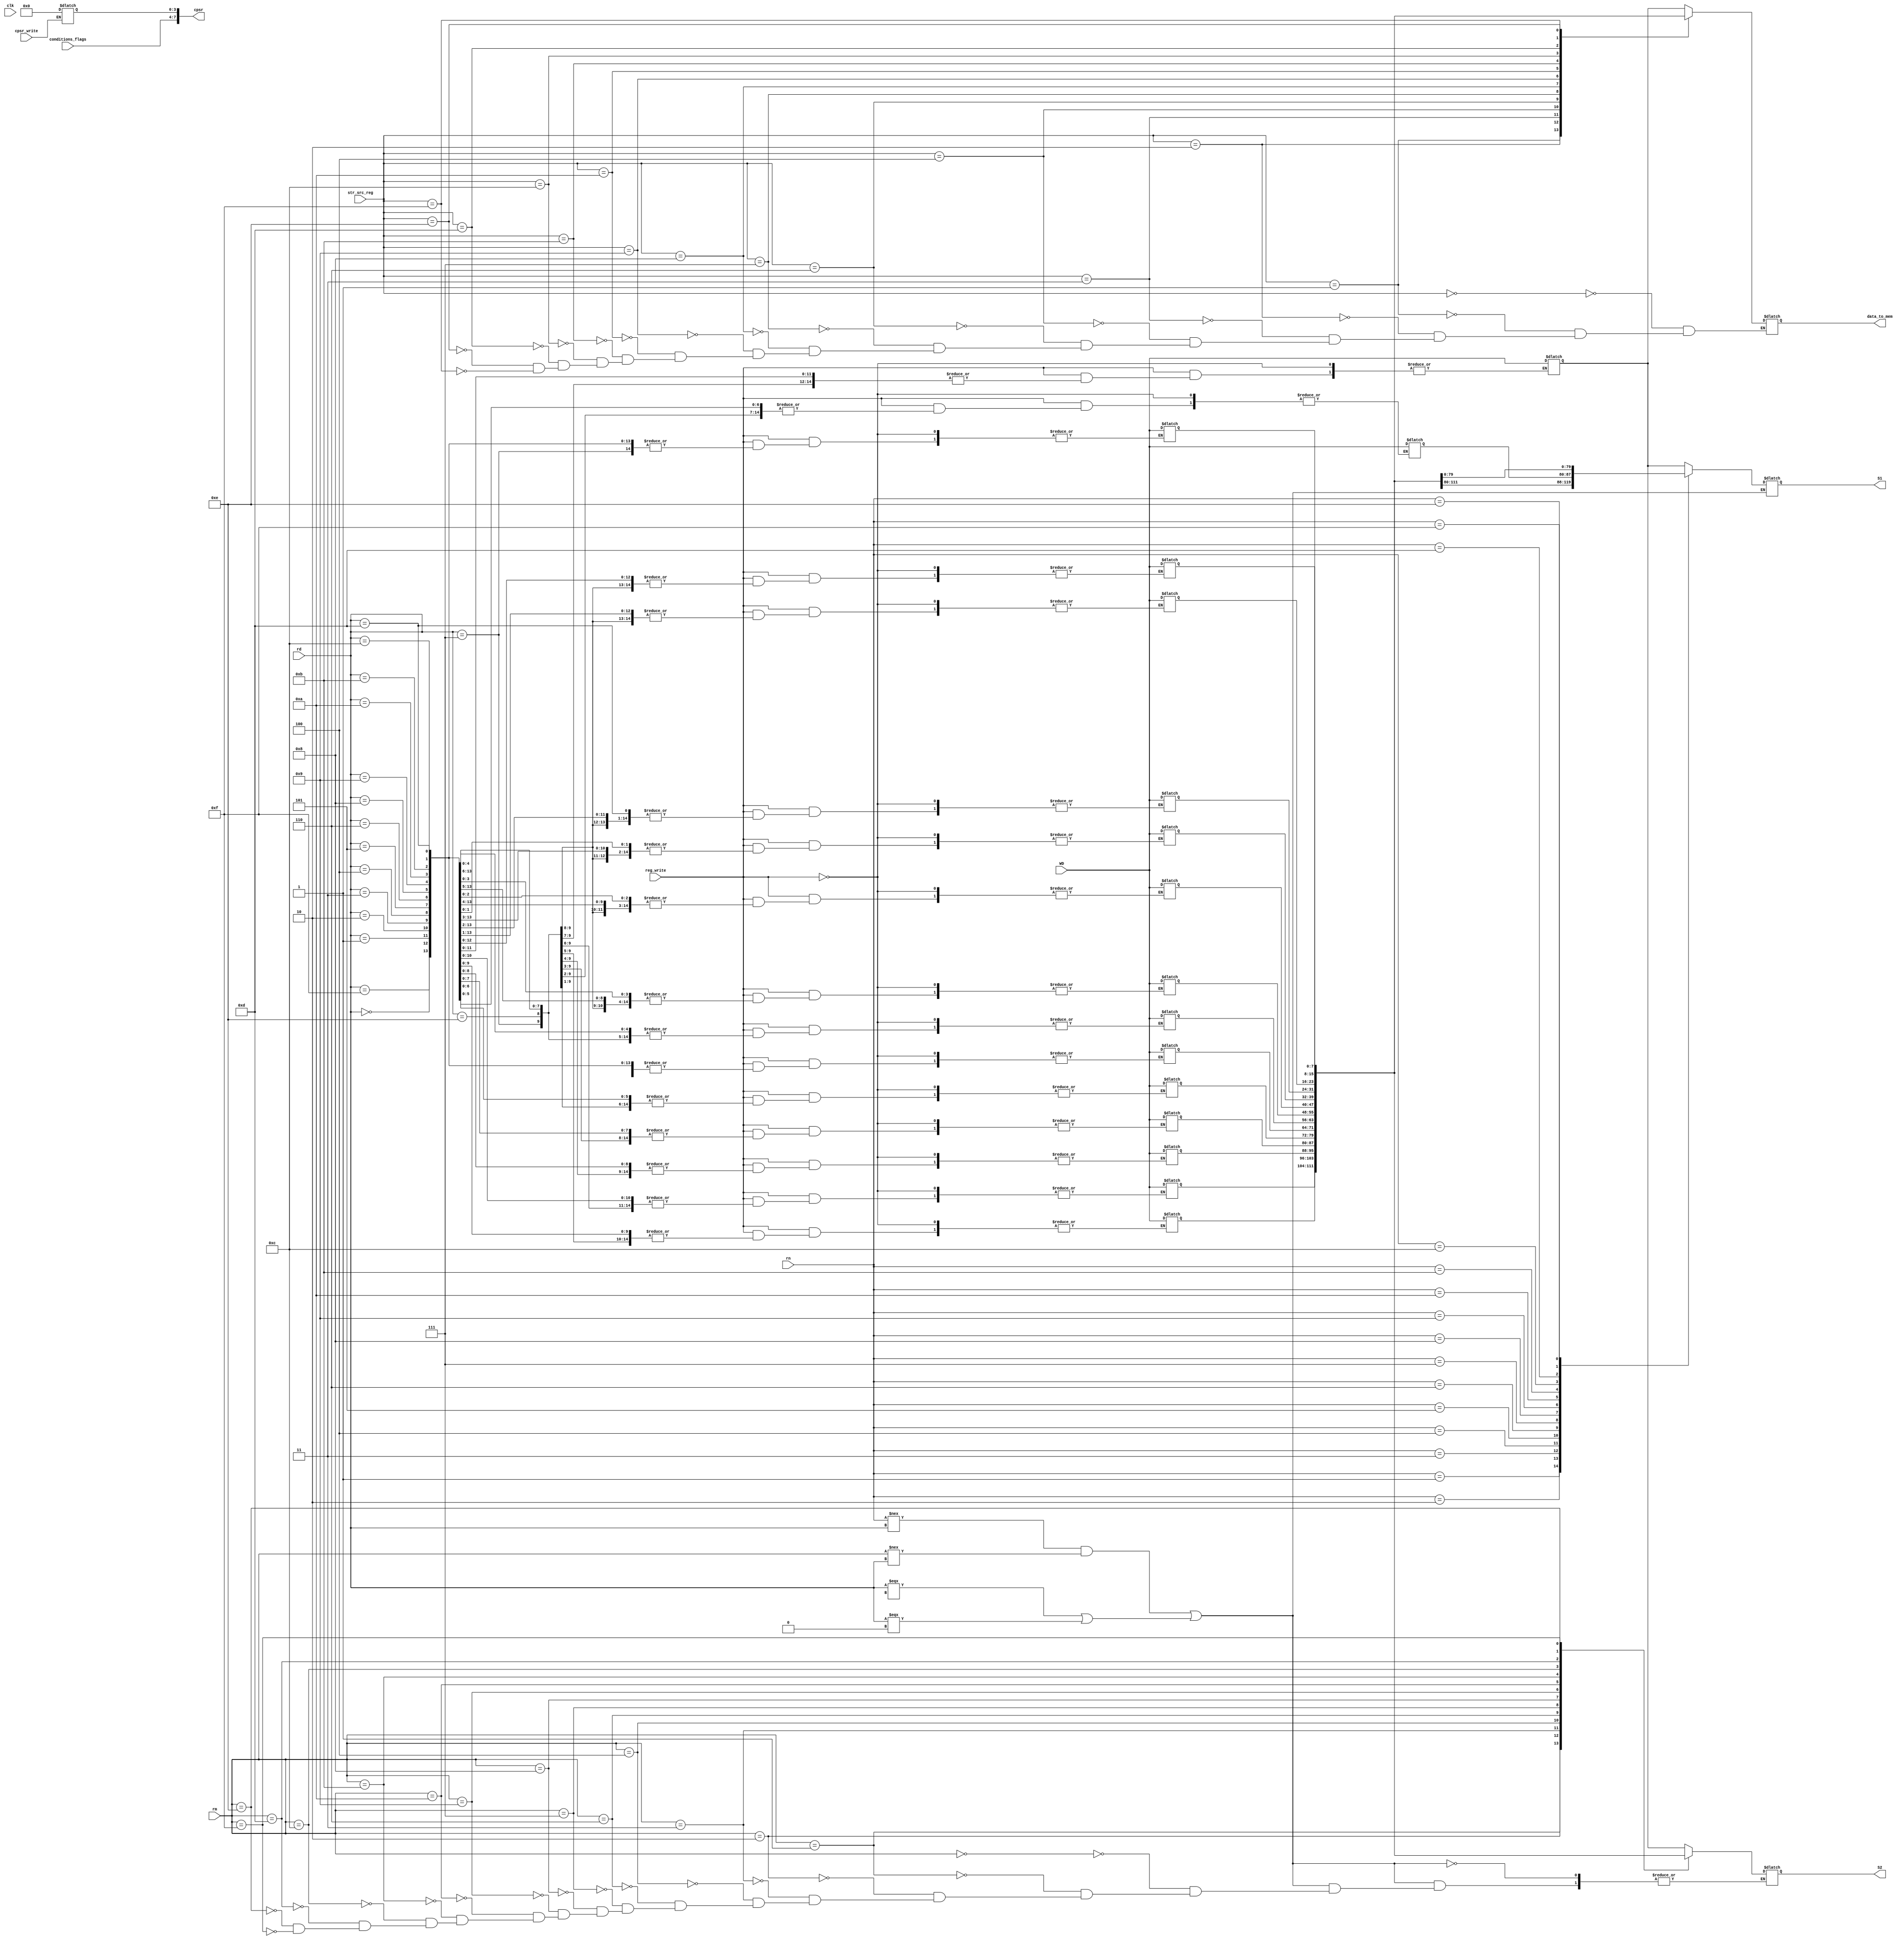
`timescale 1ns / 1ps

module RegFile(clk,rn,rm,str_src_reg,rd,WD,reg_write,conditions_flags,cpsr_write,S1,S2,data_to_mem,cpsr);
  input [3:0]rn;
  input [3:0]rm;
  input [3:0]rd,str_src_reg;
  input [7:0]WD;
  input clk,reg_write;
  input [3:0] conditions_flags;
  input cpsr_write;
  output reg [7:0]S1;
  output reg [7:0]S2;
  output reg [7:0]data_to_mem;
  output reg [7:0] cpsr;
  reg [7:0] R[15:0];
  integer i;
  initial begin
    for(i=0;i<=15;i=i+1)
      R[i]=i;
  end
  
  always @(*) begin
    if (((rn !== rd) && ( rm !== rd)) | ((rd === 1'bx) | (rd === 1'b0)))begin
      case(rn)
    4'b0000: S1= R[0];
    4'b0001: S1= R[1];
    4'b0010: S1= R[2];
    4'b0011: S1= R[3];
    4'b0100: S1= R[4];
    4'b0101: S1= R[5];
    4'b0110: S1= R[6];
    4'b0111: S1= R[7];
    4'b1000: S1= R[8]; 
    4'b1001: S1= R[9];
    4'b1010: S1= R[10];
    4'b1011: S1= R[11];
    4'b1100: S1= R[12];
    4'b1101: S1= R[13];
    4'b1110: S1= R[14];
    4'b1111: S1= R[15];
  endcase

      case(rm)
    4'b0000: S2= R[0];
    4'b0001: S2= R[1];
    4'b0010: S2= R[2];
    4'b0011: S2= R[3];
    4'b0100: S2= R[4];
    4'b0110: S2= R[6];
    4'b0111: S2= R[7];
    4'b1000: S2= R[8];
    4'b1001: S2= R[9];
    4'b1010: S2= R[10];
    4'b1011: S2= R[11];
    4'b1100: S2= R[12];
    4'b1101: S2= R[13];
    4'b1110: S2= R[14];
    4'b1111: S2= R[15];
  endcase
    end
  case(str_src_reg)
    4'b0000: data_to_mem= R[0];
    4'b0001: data_to_mem= R[1];
    4'b0010: data_to_mem= R[2];
    4'b0011: data_to_mem= R[3];
    4'b0100: data_to_mem= R[4];
    4'b0110: data_to_mem= R[6];
    4'b0111: data_to_mem= R[7];
    4'b1000: data_to_mem= R[8];
    4'b1001: data_to_mem= R[9];
    4'b1010: data_to_mem= R[10];
    4'b1011: data_to_mem= R[11];
    4'b1100: data_to_mem= R[12];
    4'b1101: data_to_mem= R[13];
    4'b1110: data_to_mem= R[14];
    4'b1111: data_to_mem= R[15];
  endcase
 end
  
  always@(*) begin
    if (cpsr_write)
      cpsr[3:0] = 8'b0; 
      cpsr[7:4] = conditions_flags;
  end
  
  always @(*) begin
  if (reg_write) begin
    case(rd)
      4'b0000: R[0]=WD;
      4'b0001: R[1]=WD;
      4'b0010: R[2]=WD;
      4'b0011: R[3]=WD;
      4'b0100: R[4]=WD;
      4'b0101: R[5]=WD;
      4'b0110: R[6]=WD;
      4'b0111: R[7]=WD;
      4'b1000: R[8]=WD;
      4'b1001: R[9]=WD;
      4'b1010: R[10]=WD;
      4'b1011: R[11]=WD;
      4'b1100: R[12]=WD;
      4'b1101: R[13]=WD;
      4'b1110: R[14]=WD;
      4'b1111: R[15]=WD;
    endcase
  end
  end
  
endmodule